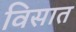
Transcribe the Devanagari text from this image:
विसात